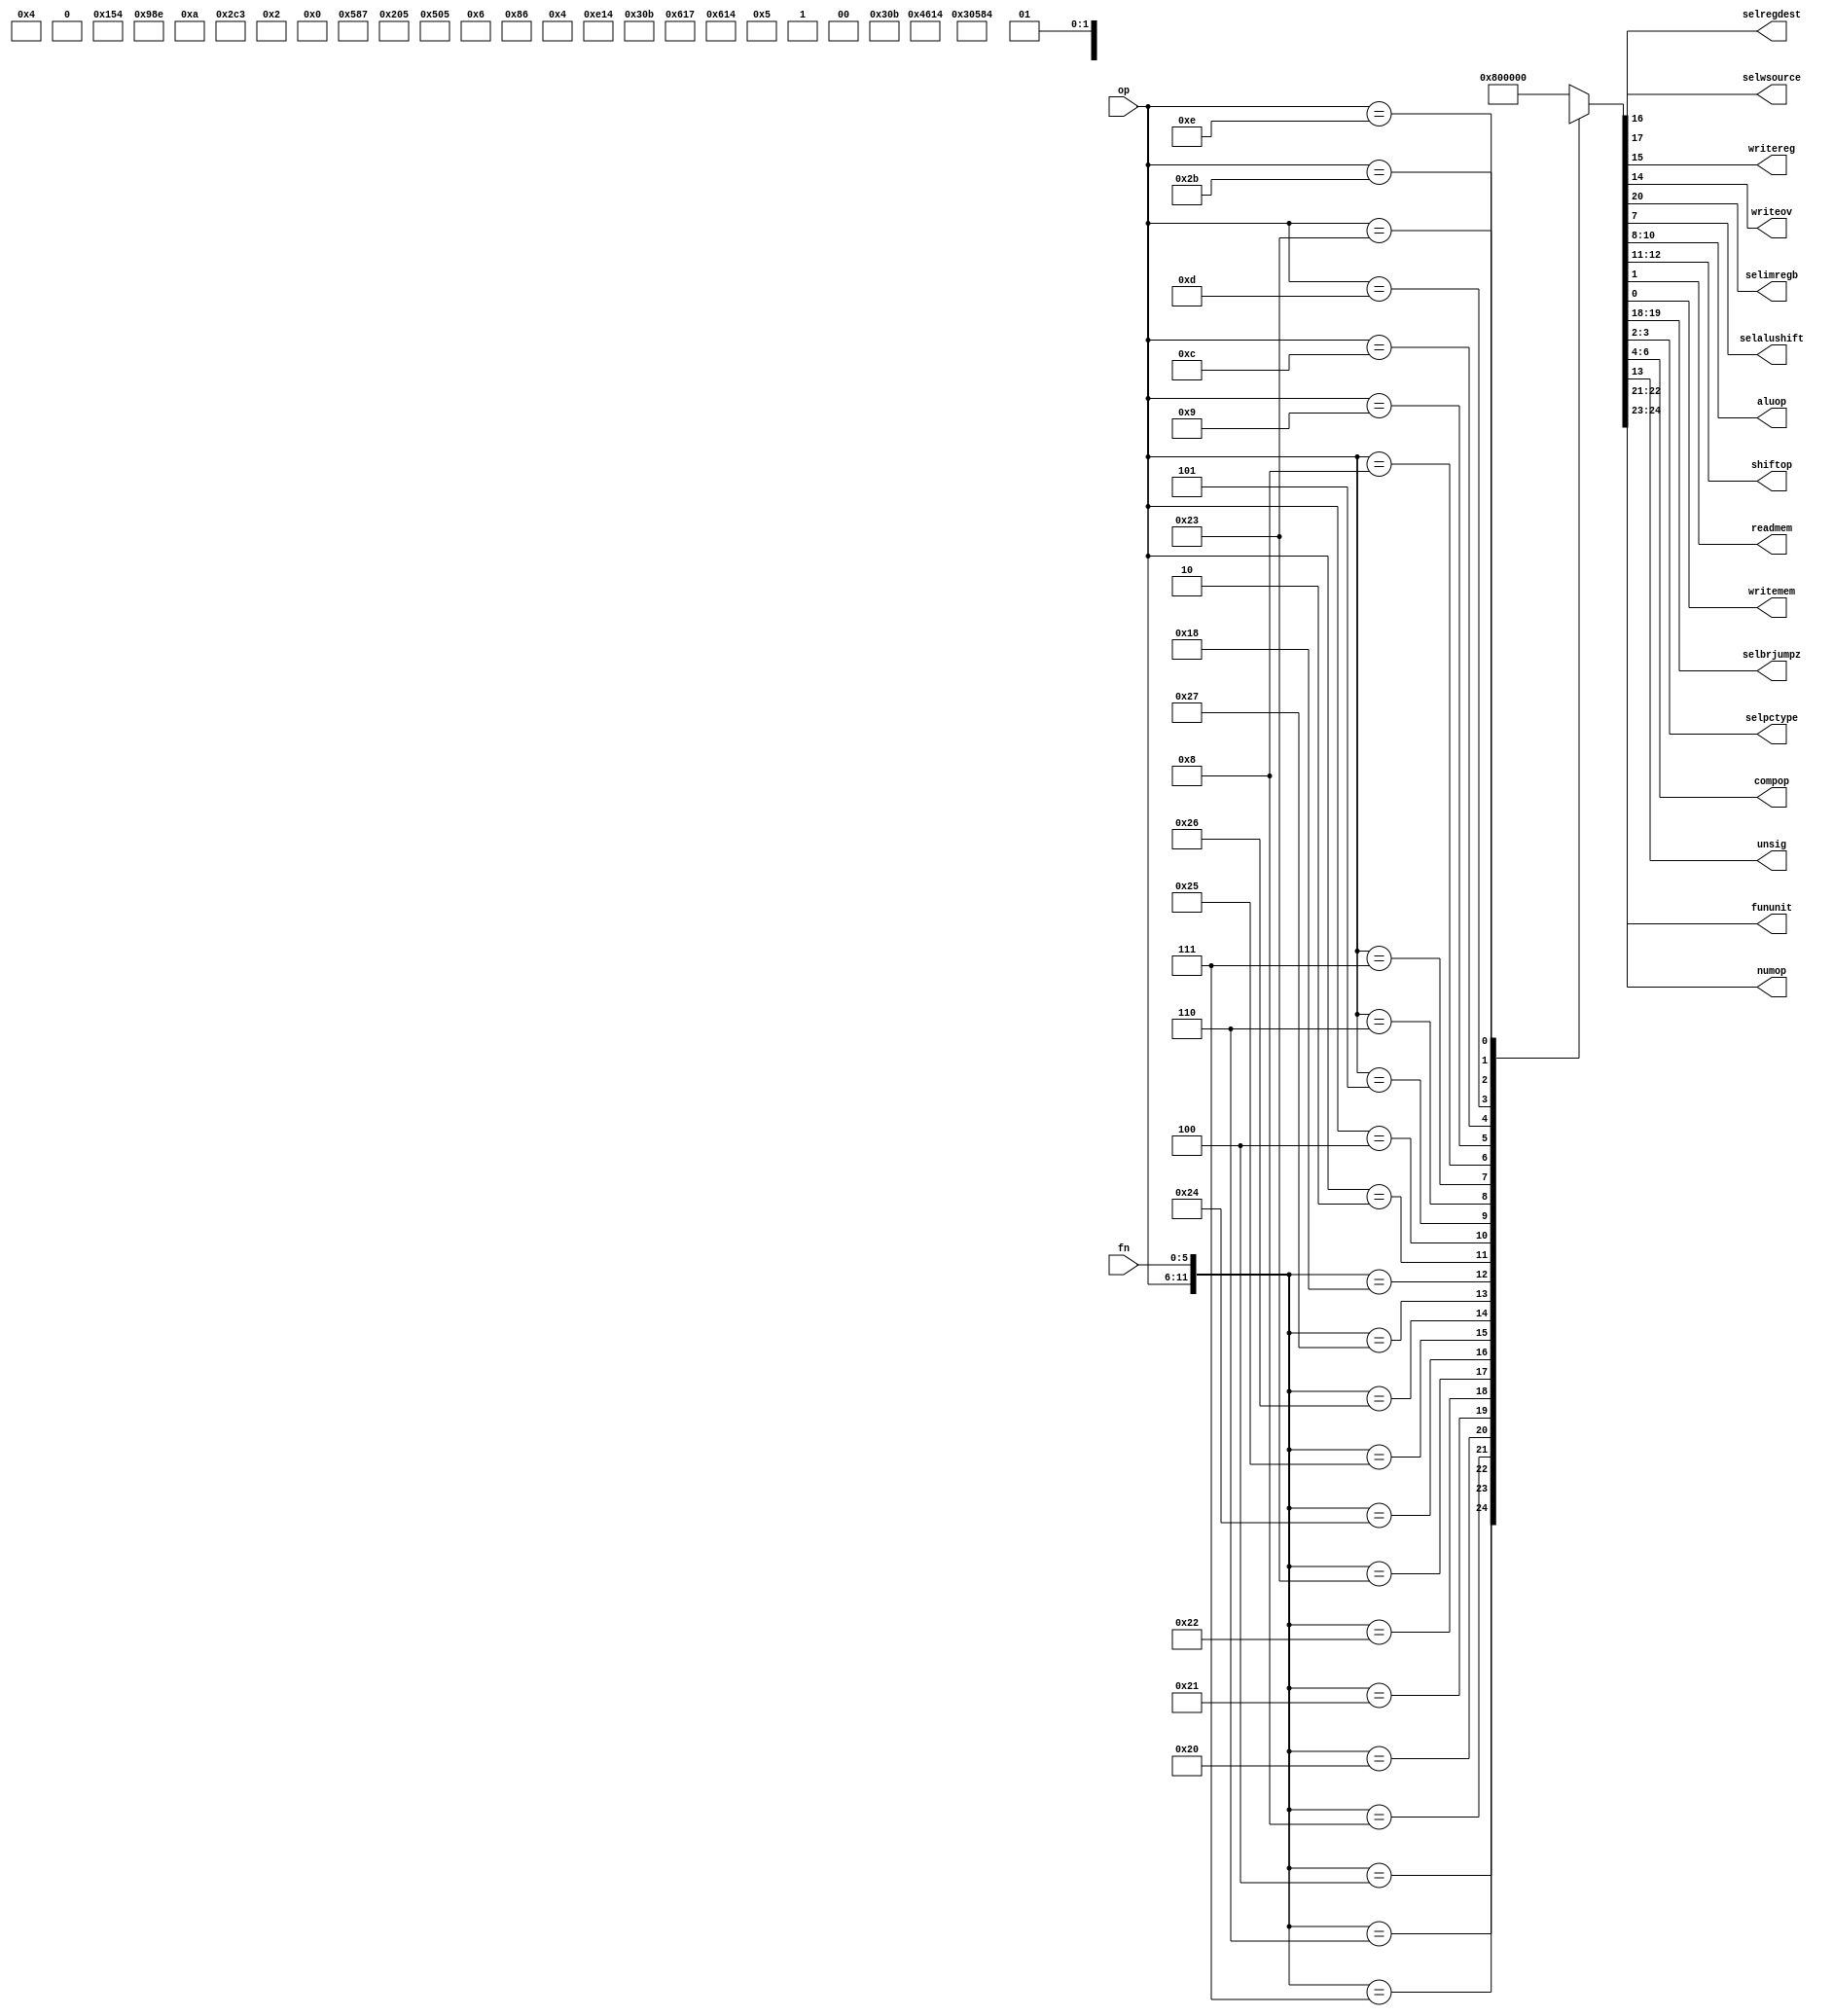
module Control (
    input     [5:0]    op,
    input     [5:0]    fn,
    output             selwsource,
    output             selregdest,
    output             writereg,
    output             writeov,
    output             selimregb,
    output             selalushift,
    output    [2:0]    aluop,
    output    [1:0]    shiftop,
    output             readmem,
    output             writemem,
    output    [1:0]    selbrjumpz,
    output    [1:0]    selpctype,
    output    [2:0]    compop,
    output             unsig,
	 output	  [1:0]	  numop, //nmero de operandos
	 output    [1:0]    fununit
);

    wire    [12:0]    sel;
    reg     [24:0]    out;//out original + 2 bits mais significativos denotando o nmero de operandos 
								  //             + 2 bits para identificar a unidade funcional 

    assign sel = {op,fn};

	 assign fununit = out[24:23];
	 assign numop = out[22:21];
    assign selimregb = out[20];
    assign selbrjumpz = out[19:18];
    assign selregdest = out[17];
    assign selwsource = out[16];
    assign writereg = out[15];
    assign writeov = out[14];
    assign unsig = out[13];
    assign shiftop = out[12:11];
    assign aluop = out[10:8];
    assign selalushift = out[7];
    assign compop = out[6:4];
    assign selpctype = out[3:2];
    assign readmem = out[1];
    assign writemem = out[0];

    always @(*) begin
        casex (sel) 
            12'b000000000100: out <= 25'b01_10_0001011X10XXX1XXXXX00;// SLLV
            12'b000000000110: out <= 25'b01_10_0001011X00XXX1XXXXX00;// SRLV
            12'b000000000111: out <= 25'b01_10_0001011X01XXX1XXXXX00;// SRAV
            12'b000000001000: out <= 25'b01_01_X01XX0XXXXXXXXXXX0100;// JR
            12'b000000100000: out <= 25'b01_10_00010100XX0100XXXXX00;// ADD
            12'b000000100001: out <= 25'b01_10_00010111XX0100XXXXX00;// ADDU
            12'b000000100010: out <= 25'b01_10_00010100XX1100XXXXX00;// SUB
            12'b000000100011: out <= 25'b01_10_00010111XX1100XXXXX00;// SUBU
            12'b000000100100: out <= 25'b01_10_0001011XXX0000XXXXX00;// AND
            12'b000000100101: out <= 25'b01_10_0001011XXX0010XXXXX00;// OR
            12'b000000100110: out <= 25'b01_10_0001011XXX1010XXXXX00;// XOR
            12'b000000100111: out <= 25'b01_10_0001011XXX1000XXXXX00;// NOR
				12'b000000011000: out <= 25'b11_10_00010100XX1110XXXXX00;// MULT
            12'b000010XXXXXX: out <= 25'b01_00_X01XX0XXXXXXXXXXX1000;// J
            12'b000100XXXXXX: out <= 25'b01_10_X10XX0X0XXXXXX0000000;// BEQ
            12'b000101XXXXXX: out <= 25'b01_10_X10XX0X0XXXXXX1010000;// BNE
            12'b000110XXXXXX: out <= 25'b01_01_X10XX0X0XXXXXX0100000;// BLEZ
            12'b000111XXXXXX: out <= 25'b01_01_X10XX0X0XXXXXX0110000;// BGTZ
            12'b001000XXXXXX: out <= 25'b01_01_10000100XX0100XXXXX00;// ADDI
            12'b001001XXXXXX: out <= 25'b01_01_10000111XX0100XXXXX00;// ADDIU
            12'b001100XXXXXX: out <= 25'b01_01_1000011XXX0000XXXXX00;// ANDI
            12'b001101XXXXXX: out <= 25'b01_01_1000011XXX0010XXXXX00;// ORI
            12'b001110XXXXXX: out <= 25'b01_01_1000011XXX1010XXXXX00;// XORI
            12'b100011XXXXXX: out <= 25'b10_01_10001110XX0100XXXXX10;// LW
            12'b101011XXXXXX: out <= 25'b10_10_100XX0X0XX0100XXXXX01;// SW
            default:          out <= 25'b01_00_000000000000000000000;// NOP
        endcase
    end

endmodule